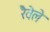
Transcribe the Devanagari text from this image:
रैवेले